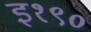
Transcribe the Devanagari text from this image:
इ१९०